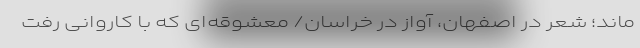
ماند؛ شعر در اصفهان، آواز در خراسان/ معشوقه‌ای که با کاروانی رفت